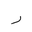
Letter: _ra